Vaccination report Assam 1874-1896 - 1874-1896
Year: 1874
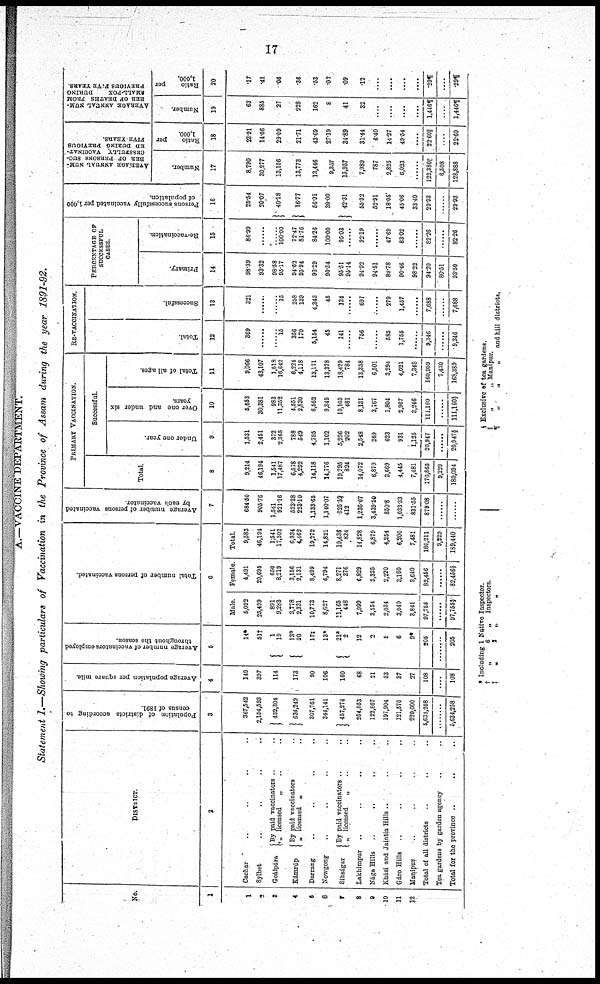
17
A.—VACCINE DEPARTMENT.
Statement I.—Showing particulars of Vaccination in the Province of Assam during the year 1891-92.
No.
1
1
2
3
4
5
6
7
8
9
10
11
12
DISTRICT.
2
Cachar
..
..
..
..
Sylhet .. .. .. ..
Groálpára
Kámrúp
By paid vaccinators .. ..
„ licensed
„ .. ..
By paid vaccinators ..
„ licensed „ ..
Darrang .. .. .. ..
Nowgong .. .. .. ..
Sibságar
By paid vaccinators .. ..
„ licensed
„ .. ..
Lakhimpur .. .. .. ..
Nága Hills
..
..
.. ..
Khási and Jaintia Hills.. .. ..
Gáro Hills
..
..
..
..
Manipur .. .. .. ..
Total of all districts .. .. ..
Tea gardens by garden agency .. ..
Total for the province .. .. ..
Population of districts according to
census of 1891
3
367,542
2,154,593
452,304
634,249
307,761
344,141
457,274
254,053
122,867
197,904
121,570
220,000
5,634,258
........
5,634,258
Average population per square mile.
4
149
397
114
173
90
106
160
68
21
33
37
27
108
....
108
Average number of vaccinators employed
throughout the season.
5
14*
51†
1
19
13*
20
17‡
13*
21*
2
12
2
5
6
9*
205
........
205
Total number of persons vaccinated.
6
Male.
5,092
25,499
891
9,283
3,778
2,331
10,773
8,027
11,165
448
7,999
3,554
2,034
3,040
3,841
97,755
......
97,765§
Female.
4,491
20,695
650
8,219
3,156
2,131
8,499
6,794
8,271
376
6,829
3,325
2,220
3,160
3,640
82,456
......
82,456§
Total.
9,583
46,194
1,541
17,502
6,934
4,462
19,272
14,821
19,436
824
14,828
6,879
4,254
6,200
7,481
180,211
9,229
189,440
Average number of persons vaccinated
by each vaccinator.
7
684.50
905.76
1,541
921.16
533.38
223.10
1,133.65
1,140.07
925.52
412
1,235.67
3,439.50
850.8
1,033.33
831.55
879.08
......
......
PRIMARY VACCINATION.
Total.
8
9,214
46,194
1,541
17,487
6,578
4,292
14,118
14,776
19,295
824
14,072
6,879
3,669
4,445
7,481
170,865
9,229
180,094
Successful.
Under one year.
9
1,531
2,451
372
2,365
788
549
4,795
1,102
5,296
202
2,548
269
623
931
1,125
20,947
......
20,947§
Over one and under six
years.
10
5,653
30,381
983
11,352
4,551
2,830
6,562
9,349
10,103
481
8,131
3,767
1,804
2,967
3,246
111,160
......
111,160§
Total of all ages
11
9,066
43,107
1,518
16,642
6,224
4,118
13,171
13,378
18,429
784
13,358
6,501
3,294
4,021
7,348
160,059
7,430
168,389
RE-VACCINATION.
Total.
12
369
......
......
15
356
170
5,154
45
141
......
756
......
585
1,755
......
9,346
......
9,346
Successful.
13
321
......
......
15
258
139
4,343
45
134
......
697
......
279
1,457
......
7,688
......
7,688
PERCENTAGE OF
SUCCESSFUL
CASES.
Primary.
14
98.39
93.32
98.58
95.17
94.62
95.94
93.29
90.54
95.51
95.14
94.92
94.51
89.78
90.46
98.22
94.20
80.51
93.50
Re-vaccination.
15
86.99
......
......
100.00
72.47
81.76
84.26
100.00
95.03
......
92.19
......
47.69
83.02
......
82.26
......
82.26
Persons successfully vaccinated per 1,000
of population.
16
25.54
20.07
40.18
16.77
56.91
39.00
42.31
55.32
52.91
18.05
45.06
33.40
29.93
......
29.93
AVERAGE ANNUAL NUM¬
--- OF PERSONS SUC-
CESSFULLY VACCINAT-
ED DURING PREVIOUS
FIVE YEARS.
Number.
17
8,790
30,277
13,156
13,773
13,446
9,357
15,957
7,989
787
2,825
6,023
......
122,380||
6,508
128,888
Ratio
per
1,000.
18
23.91
14.06
29.09
21.71
43.69
27.19
34.89
31.44
6.40
14.27
49.54
....
22.60||
....
22.60
AVERAGE ANNUAL NUM¬
--- OF DEATHS FROM
SMALL-POX
DURING
PREVIOUS FIVE YEARS.
Number.
19
63
885
27
228
162
8
41
32
....
....
....
....
1,446¶
....
1,446¶
Ratio
per
1,000.
20
.17
.41
.06
.36
.53
.02
.09
.12
....
....
....
....
.29¶
....
.29¶
* Including 1 Native Inspector.
†
„
6
„
Inspectors.
‡
„
2
„
„
§ Exclusive of tea gardens.
||
„
„ Manipur.
¶
„
„
„
and hill districts.